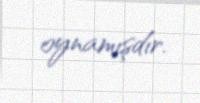
oynamışdır.